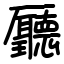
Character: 㕔